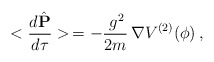
\begin{align*}<\frac{d\hat{{\mathbf P}}}{d\tau}>\,= -\frac{\,g^2}{2m}\,{\mathbf \nabla} V^{(2)}(\phi)\,,\end{align*}